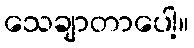
သေချာတာပေါ့။